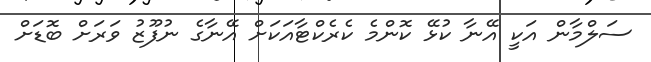
ސަލްމާން އަކީ އޭނާ ކުޅޭ ކޮންމެ ކެރެކްޓާއަކަށް އޭނާގެ ނުފޫޒު ވަރަށް ބޮޑަށް